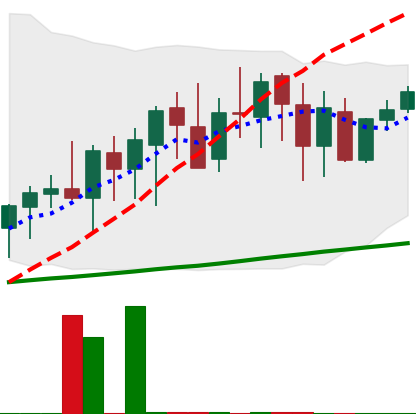
Ticker: XMR-USD
Chart end date: 2020-09-26
Forward return: 8.457%
Label: up_7plus